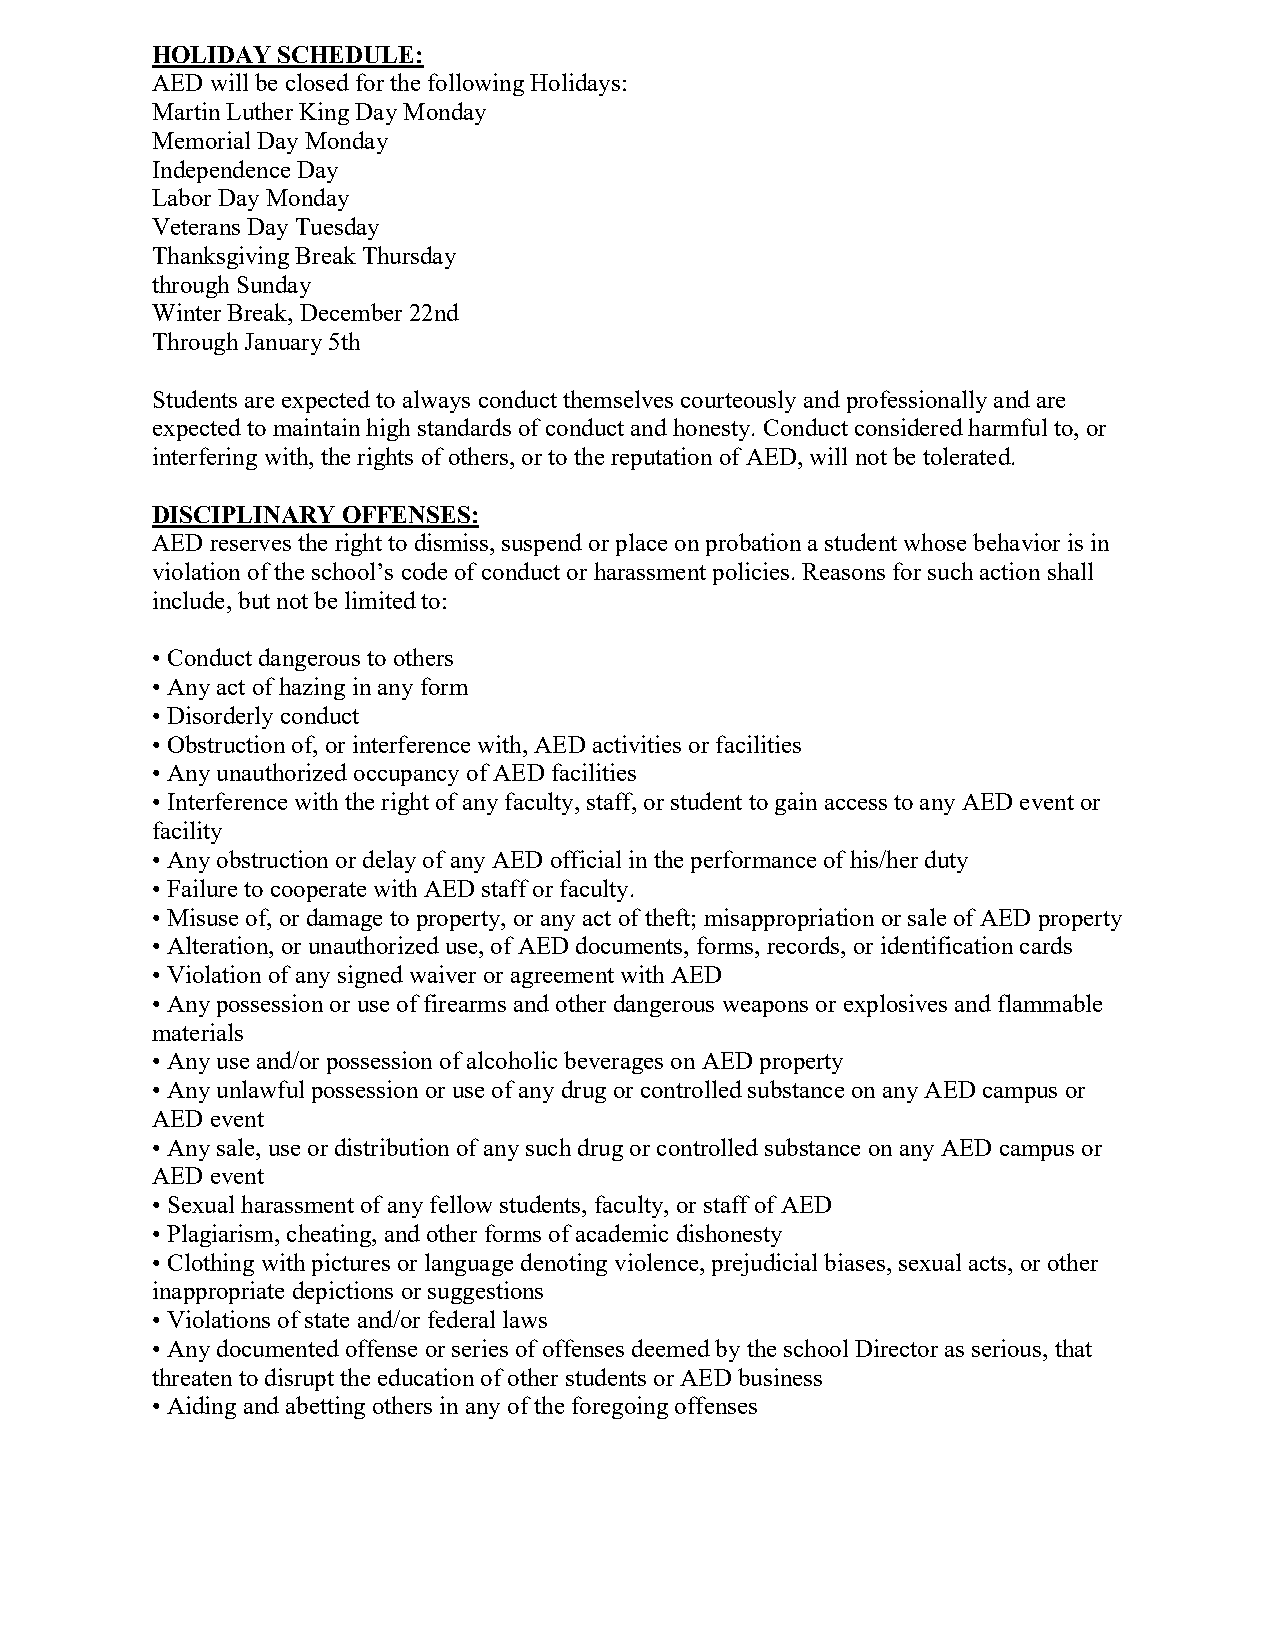
HOLIDAY SCHEDULE:
 AED will be closed for the following Holidays:
 Martin Luther King Day Monday
 Memorial Day Monday
 Independence Day
 Labor Day Monday
 Veterans Day Tuesday
 Thanksgiving Break Thursday
 through Sunday
 Winter Break, December 22nd
 Through January 5th
 Students are expected to always conduct themselves courteously and professionally and are
 expected to maintain high standards of conduct and honesty. Conduct considered harmful to, or
 interfering with, the rights of others, or to the reputation of AED, will not be tolerated.
 DISCIPLINARY OFFENSES:
 AED reserves the right to dismiss, suspend or place on probation a student whose behavior is in
 violation of the school’s code of conduct or harassment policies. Reasons for such action shall
 include, but not be limited to:
 • Conduct dangerous to others
 • Any act of hazing in any form
 • Disorderly conduct
 • Obstruction of, or interference with, AED activities or facilities
 • Any unauthorized occupancy of AED facilities
 • Interference with the right of any faculty, staff, or student to gain access to any AED event or
 facility
 • Any obstruction or delay of any AED official in the performance of his/her duty
 • Failure to cooperate with AED staff or faculty.
 • Misuse of, or damage to property, or any act of theft; misappropriation or sale of AED property
 • Alteration, or unauthorized use, of AED documents, forms, records, or identification cards
 • Violation of any signed waiver or agreement with AED
 • Any possession or use of firearms and other dangerous weapons or explosives and flammable
 materials
 • Any use and/or possession of alcoholic beverages on AED property
 • Any unlawful possession or use of any drug or controlled substance on any AED campus or
 AED event
 • Any sale, use or distribution of any such drug or controlled substance on any AED campus or
 AED event
 • Sexual harassment of any fellow students, faculty, or staff of AED
 • Plagiarism, cheating, and other forms of academic dishonesty
 • Clothing with pictures or language denoting violence, prejudicial biases, sexual acts, or other
 inappropriate depictions or suggestions
 • Violations of state and/or federal laws
 • Any documented offense or series of offenses deemed by the school Director as serious, that
 threaten to disrupt the education of other students or AED business
 • Aiding and abetting others in any of the foregoing offenses